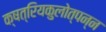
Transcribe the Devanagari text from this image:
क्षत्रियकुलोत्पन्न